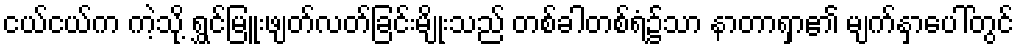
ငယ်ငယ်က ကဲ့သို့ ရွှင်မြူးဖျတ်လတ်ခြင်းမျိုးသည် တစ်ခါတစ်ရံ၌သာ နာတာရှာ၏ မျက်နှာပေါ်တွင်